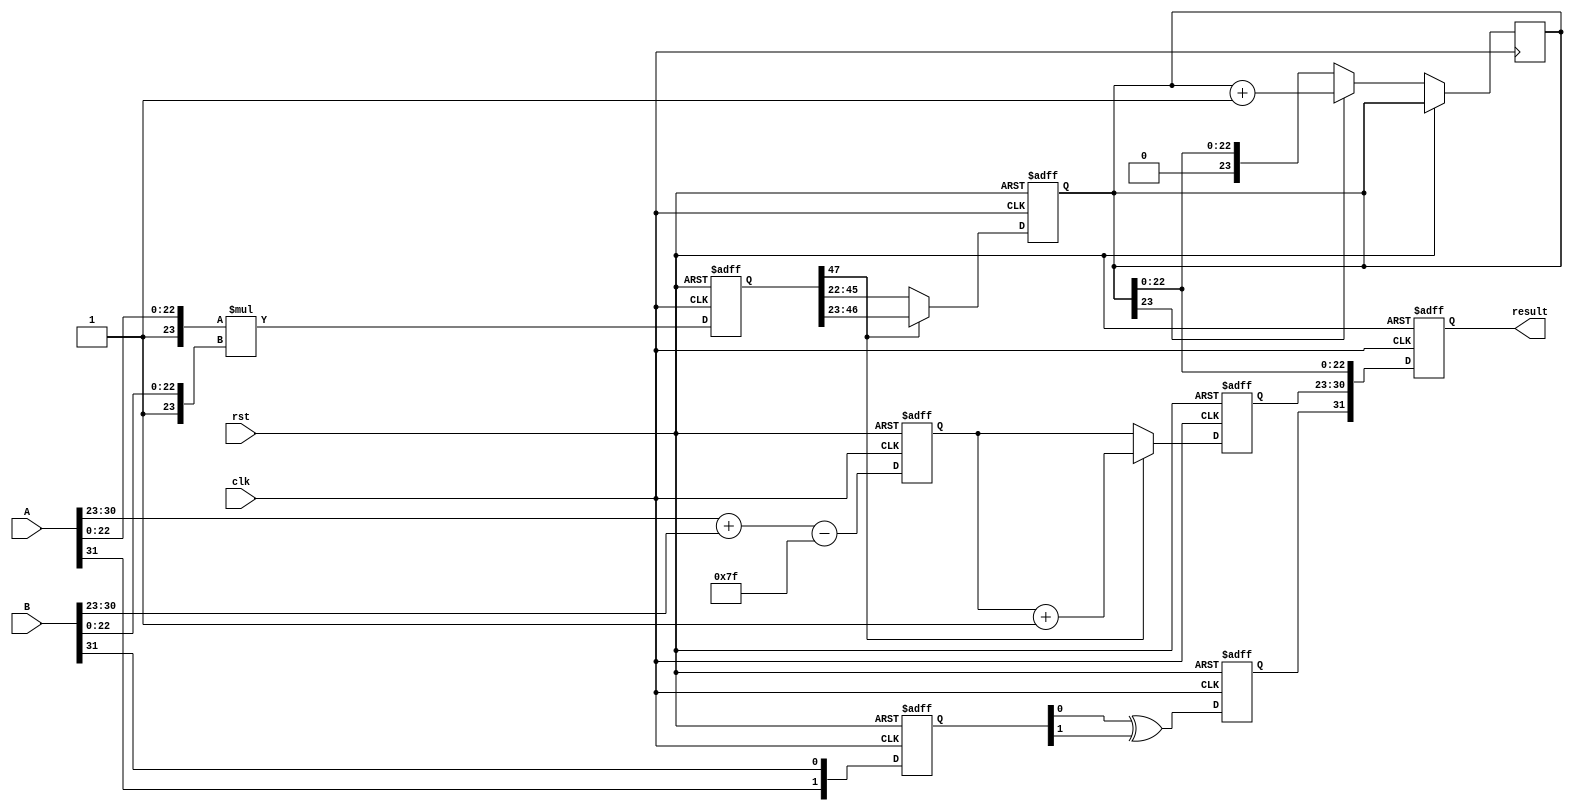
module fp_multiplier (
    input wire clk,
    input wire rst,
    input wire [31:0] A, // Input floating-point number A
    input wire [31:0] B, // Input floating-point number B
    output reg [31:0] result // Output floating-point number
);

    // Pipeline registers
    reg [1:0] sign_stage1;
    reg [8:0] exponent_stage2; // 8 bits for exponent + 1 bit for overflow
    reg [47:0] mantissa_stage3; // 48 bits for mantissa multiplication
    reg [23:0] mantissa_stage4; // 24 bits for normalized mantissa
    reg [7:0] exponent_stage4; // 8 bits for exponent after normalization
    reg sign_stage4;

    // Constants
    localparam BIAS = 8'd127;

    // Stage 1: Sign Extraction
    always @(posedge clk or posedge rst) begin
        if (rst) begin
            sign_stage1 <= 2'b0;
        end else begin
            sign_stage1 <= {A[31], B[31]};
        end
    end

    // Stage 2: Exponent Calculation
    always @(posedge clk or posedge rst) begin
        if (rst) begin
            exponent_stage2 <= 9'b0;
        end else begin
            exponent_stage2 <= {1'b0, A[30:23]} + {1'b0, B[30:23]} - BIAS; // Add exponents and subtract bias
        end
    end

    // Stage 3: Mantissa Multiplication
    always @(posedge clk or posedge rst) begin
        if (rst) begin
            mantissa_stage3 <= 48'b0;
        end else begin
            mantissa_stage3 <= {1'b1, A[22:0]} * {1'b1, B[22:0]}; // Multiply mantissas with implicit leading 1
        end
    end

    // Stage 4: Normalization
    always @(posedge clk or posedge rst) begin
        if (rst) begin
            mantissa_stage4 <= 24'b0;
            exponent_stage4 <= 8'b0;
            sign_stage4 <= 1'b0;
        end else begin
            // Check for normalization
            if (mantissa_stage3[47]) begin
                mantissa_stage4 <= mantissa_stage3[46:23]; // Already normalized
                exponent_stage4 <= exponent_stage2 + 1; // Increment exponent
            end else begin
                mantissa_stage4 <= mantissa_stage3[45:22]; // Shift right
                exponent_stage4 <= exponent_stage2; // No change in exponent
            end
            sign_stage4 <= sign_stage1[0] ^ sign_stage1[1]; // Result sign
        end
    end

    // Stage 5: Rounding (simple rounding to nearest)
    always @(posedge clk or posedge rst) begin
        if (rst) begin
            result <= 32'b0;
        end else begin
            // Rounding logic (to be improved based on rounding mode)
            if (mantissa_stage4[23]) begin
                mantissa_stage4 <= mantissa_stage4 + 1; // Round up if necessary
            end
            // Assemble final result
            result <= {sign_stage4, exponent_stage4[7:0], mantissa_stage4[22:0]};
        end
    end

endmodule